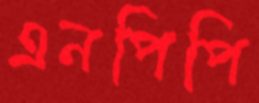
এনপিপি